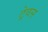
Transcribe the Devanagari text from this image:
ट्रेवस